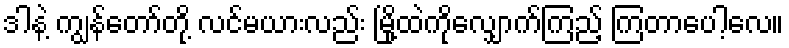
ဒါနဲ့ ကျွန်တော်တို့ လင်မယားလည်း မြို့ထဲကိုလျှောက်ကြည့် ကြတာပေါ့လေ။